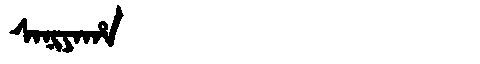
Manchu: ᠰᠠᠨᡳᠶᠠᡥᠠ
Romanization: SANIYAHA